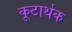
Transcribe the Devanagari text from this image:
कूटार्थक